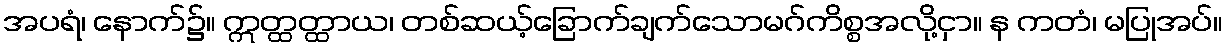
အပရံ၊ နောက်၌။ ဣတ္ထတ္ထာယ၊ တစ်ဆယ့်ခြောက်ချက်သောမဂ်ကိစ္စအလို့ငှာ။ န ကတံ၊ မပြုအပ်။